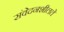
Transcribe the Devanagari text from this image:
संवेदनशीलते